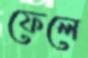
ফেলে